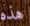
هذه